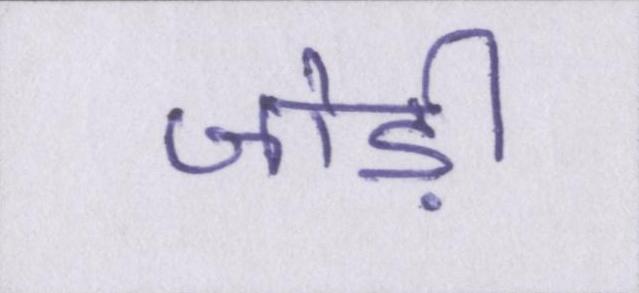
जोड़ी